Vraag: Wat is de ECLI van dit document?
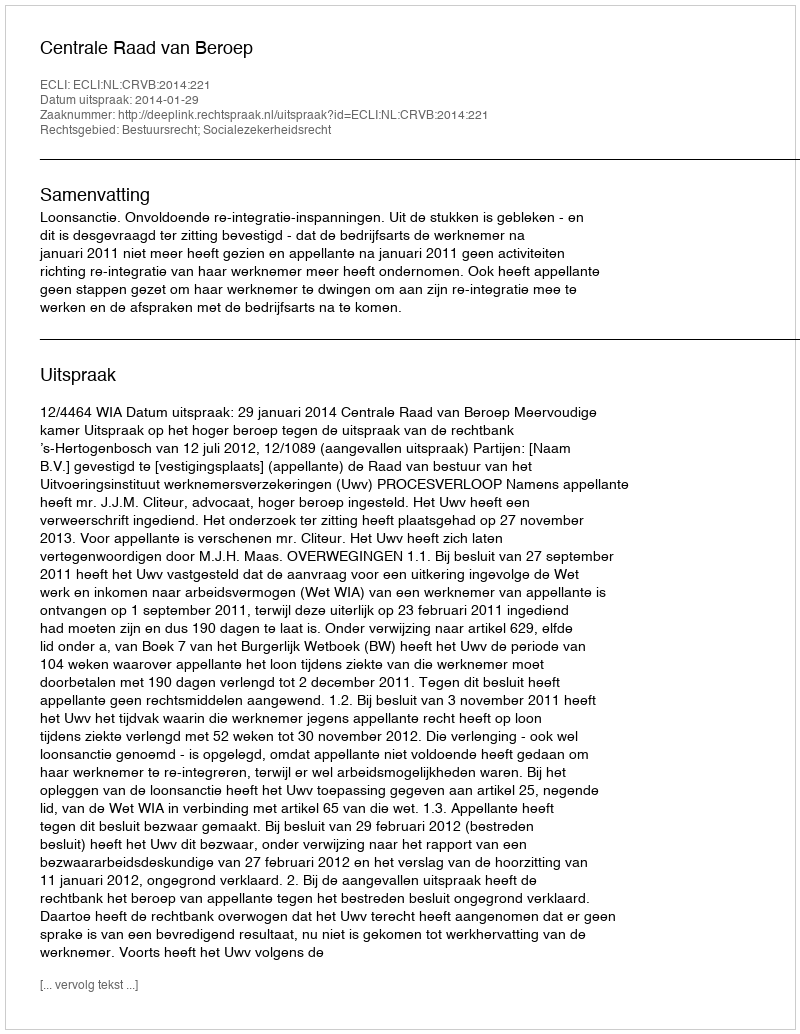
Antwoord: ECLI:NL:CRVB:2014:221